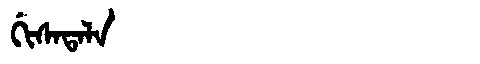
Manchu: ᡤᡳᠰᠠᡨᠠᠯᠠ
Romanization: GISATALA